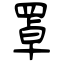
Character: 罩